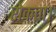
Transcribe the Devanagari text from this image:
रोकता।